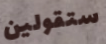
ستقولين